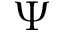
\Psi